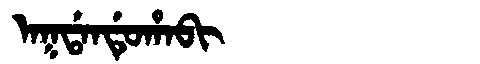
Manchu: ᠠᡴᡩᠠᠨᡩᡠᡥᠠᠪᡳ
Romanization: AKDANDUHABI